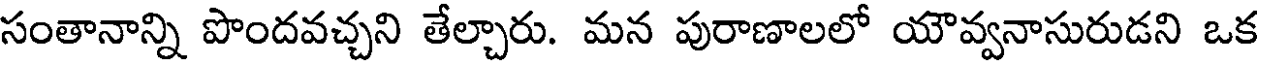
సంతానాన్ని పొందవచ్చని తేల్చారు. మన పురాణాలలో యౌవ్వనాసురుడని ఒక